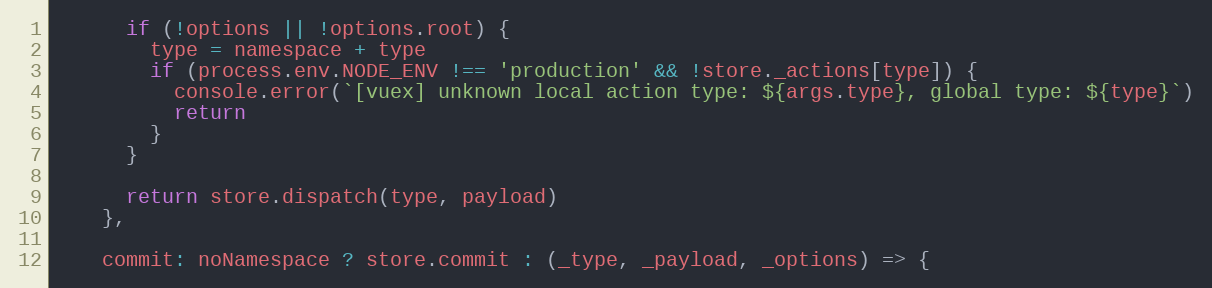
Language: JavaScript
      if (!options || !options.root) {
        type = namespace + type
        if (process.env.NODE_ENV !== 'production' && !store._actions[type]) {
          console.error(`[vuex] unknown local action type: ${args.type}, global type: ${type}`)
          return
        }
      }

      return store.dispatch(type, payload)
    },

    commit: noNamespace ? store.commit : (_type, _payload, _options) => {